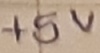
Text: +5V